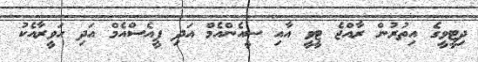
ދިޓީވީގެ އިތުރުން ރާއްޖެ ޓީވީ އާއި ސީއެންއެމް އަދި ޕީއެސްއެމް އަދި ހަވީރާއެކު